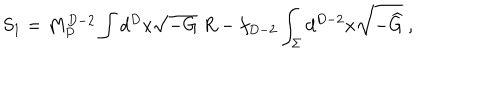
S _ { 1 } = M _ { P } ^ { D - 2 } \int d ^ { D } x \sqrt { - G } ~ R - f _ { D - 2 } \int _ { \Sigma } d ^ { D - 2 } x \sqrt { - { \widehat G } } ~ ,